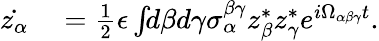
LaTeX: \begin{array}{rl}{\dot{z_{\alpha}}}&{{}=\frac{1}{2}\epsilon\int\! \! d\beta d\gamma\sigma_{\alpha}^{\beta\gamma}z_{\beta}^{*}z_{\gamma}^{*}e^{i\Omega_{\alpha\beta\gamma}t}.}\end{array}